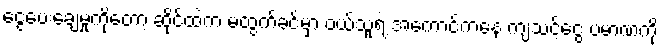
ငွေပေးချေမှုကိုတော့ ဆိုင်ထဲက မထွက်ခင်မှာ ဝယ်သူရဲ့ အကောင့်ကနေ ကျသင့်ငွေ ပမာဏကို